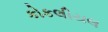
કોકલીયલ